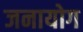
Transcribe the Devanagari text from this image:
जनायोग